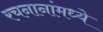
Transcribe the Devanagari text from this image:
रचनानांमध्ये